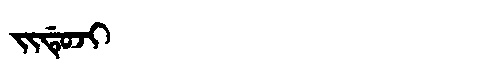
Manchu: ᠵᡳᡩᡠᠵᡳ
Romanization: JIDUJI